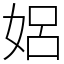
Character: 㛎